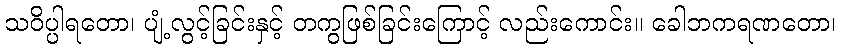
သဝိပ္ပါရတော၊ ပျံ့လွင့်ခြင်းနှင့် တကွဖြစ်ခြင်းကြောင့် လည်းကောင်း။ ခေါဘကရဏတော၊